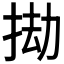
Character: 𢬱